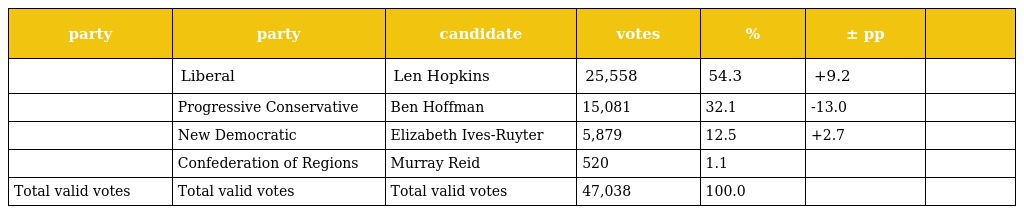
| party | party | candidate | votes | % | ± pp |  |
 | --- | --- | --- | --- | --- | --- | --- |
 |  | Liberal | Len Hopkins | 25,558 | 54.3 | +9.2 |  |
 |  | Progressive Conservative | Ben Hoffman | 15,081 | 32.1 | -13.0 |  |
 |  | New Democratic | Elizabeth Ives-Ruyter | 5,879 | 12.5 | +2.7 |  |
 |  | Confederation of Regions | Murray Reid | 520 | 1.1 |  |  |
 | Total valid votes | Total valid votes | Total valid votes | 47,038 | 100.0 |  |  |